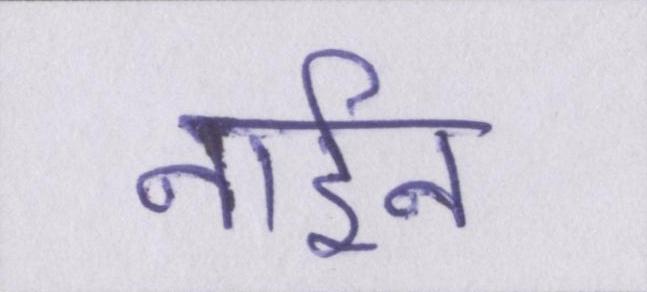
नाईन